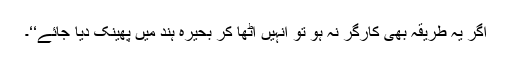
اگر یہ طریقہ بھی کارگر نہ ہو تو انہیں اٹھا کر بحیرہ ہند میں پھینک دیا جائے‘‘۔